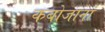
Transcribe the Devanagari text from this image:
कबोजानां